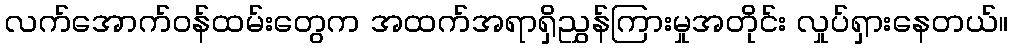
လက်အောက်ဝန်ထမ်းတွေက အထက်အရာရှိညွှန်ကြားမှုအတိုင်း လှုပ်ရှားနေတယ်။